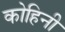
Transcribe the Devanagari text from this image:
कोहिनी